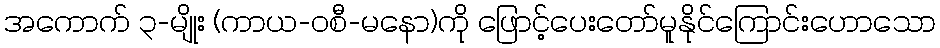
အကောက် ၃-မျိုး (ကာယ-ဝစီ-မနော)ကို ဖြောင့်ပေးတော်မူနိုင်ကြောင်းဟောသော